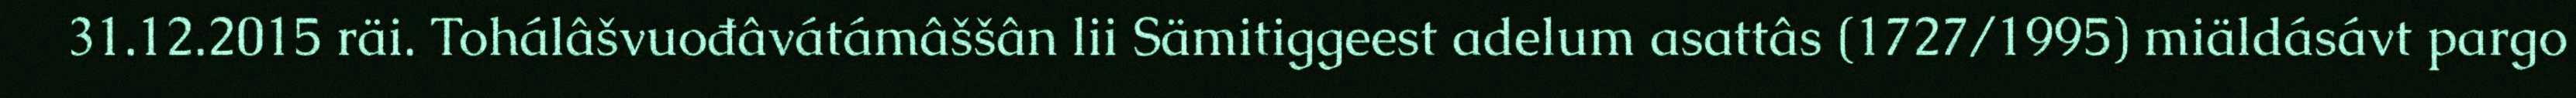
31.12.2015 räi. Tohálâšvuođâvátámâššân lii Sämitiggeest adelum asattâs (1727/1995) miäldásávt pargo